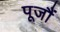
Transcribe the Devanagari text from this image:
पूजौं